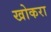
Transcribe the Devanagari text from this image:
खोकरा